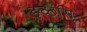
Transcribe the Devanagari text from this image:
इच्छसि